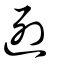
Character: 迾